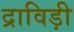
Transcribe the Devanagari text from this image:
द्राविड़ी